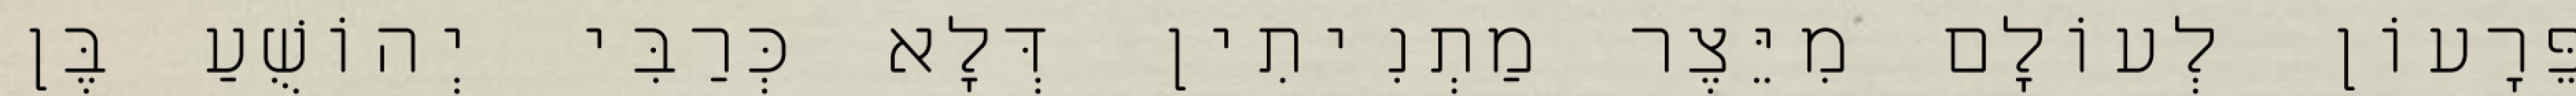
פֵּרָעוֹן לְעוֹלָם מִיֵּצֶר מַתְנִיתִין דְּלָא כְּרַבִּי יְהוֹשֻׁעַ בֶּן